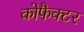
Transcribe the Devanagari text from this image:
कोफैक्टर